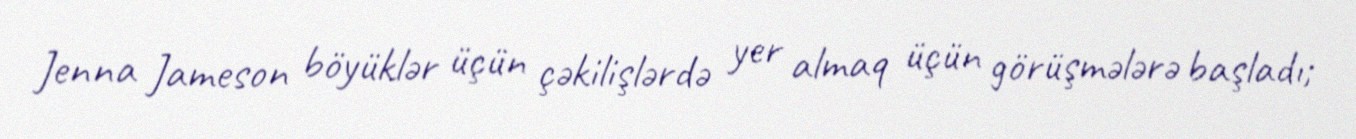
Jenna Jameson böyüklər üçün çəkilişlərdə yer almaq üçün görüşmələrə başladı;